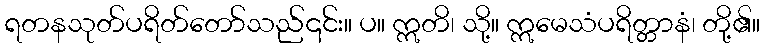
ရတနသုတ်ပရိတ်တော်သည်၎င်း။ ပ။ ဣတိ၊ သို့။ ဣမေသံပရိတ္တာနံ၊ တို့၏။